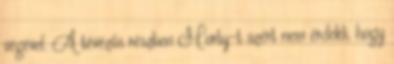
végével. A tévézős részben Morty-t azért nem érdekli, hogy